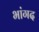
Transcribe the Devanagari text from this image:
भांगद